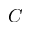
C